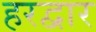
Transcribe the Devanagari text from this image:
हरद्वार